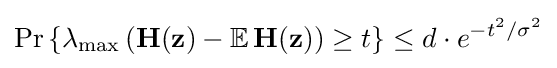
\Pr \left\{\lambda _{\text{max}}\left(\mathbf {H} (\mathbf {z} )-\mathbb {E} \,\mathbf {H} (\mathbf {z} )\right)\geq t\right\}\leq d\cdot e^{-t^{2}/\sigma ^{2}}